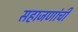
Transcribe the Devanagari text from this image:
सहाजणांची